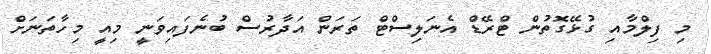
މި ފިލްމާއި ގުޅޭގޮތުން ޓްރޭޑް އެނަލިސްޓް ތަރަން އަދާރުސް ބުނެފައިވަނީ މިއީ މިހާތަނަށް